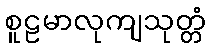
စူဠမာလုကျသုတ္တံ